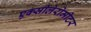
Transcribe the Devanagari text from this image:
एक्सीलेरोमीटर